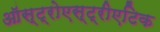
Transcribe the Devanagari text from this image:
ऑस्ट्रोएस्ट्रीएटिक